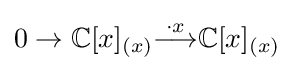
0\to \mathbb {C} [x]_{(x)}{\overset {\cdot x}{\longrightarrow }}\mathbb {C} [x]_{(x)}